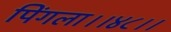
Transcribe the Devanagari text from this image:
पिंगला।।४८।।